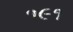
૧૯૧